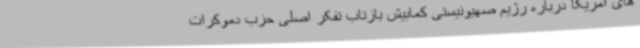
های آمریکا درباره رژیم صهیونیستی کمابیش بازتاب تفکر اصلی حزب دموکرات